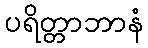
ပရိတ္တာဘာနံ